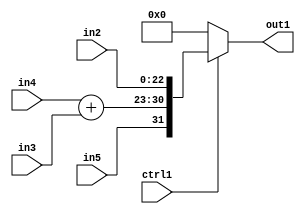
`timescale 1ps / 1ps
/*****************************************************************************
    Verilog RTL Description
    
    
    Created by: Stratus DpOpt 2019.1.01 
*******************************************************************************/

module fix2float_MuxCats23CatAdd2u8s8s1i0u1_1 (
	in5,
	in4,
	in3,
	in2,
	ctrl1,
	out1
	); /* architecture "behavioural" */ 
input  in5;
input [7:0] in4,
	in3;
input [22:0] in2;
input  ctrl1;
output [31:0] out1;
wire [31:0] asc001,
	asc004;
wire [7:0] asc006;

assign asc006 = 
	+(in4)
	+(in3);

assign asc004 = {in5,asc006,in2};

reg [31:0] asc001_tmp_0;
assign asc001 = asc001_tmp_0;
always @ (ctrl1 or asc004) begin
	case (ctrl1)
		1'B1 : asc001_tmp_0 = asc004 ;
		default : asc001_tmp_0 = 32'B00000000000000000000000000000000 ;
	endcase
end

assign out1 = asc001;
endmodule

/* CADENCE  vrT3SQw= : u9/ySgnWtBlWxVPRXgAZ4Og= ** DO NOT EDIT THIS LINE ******/